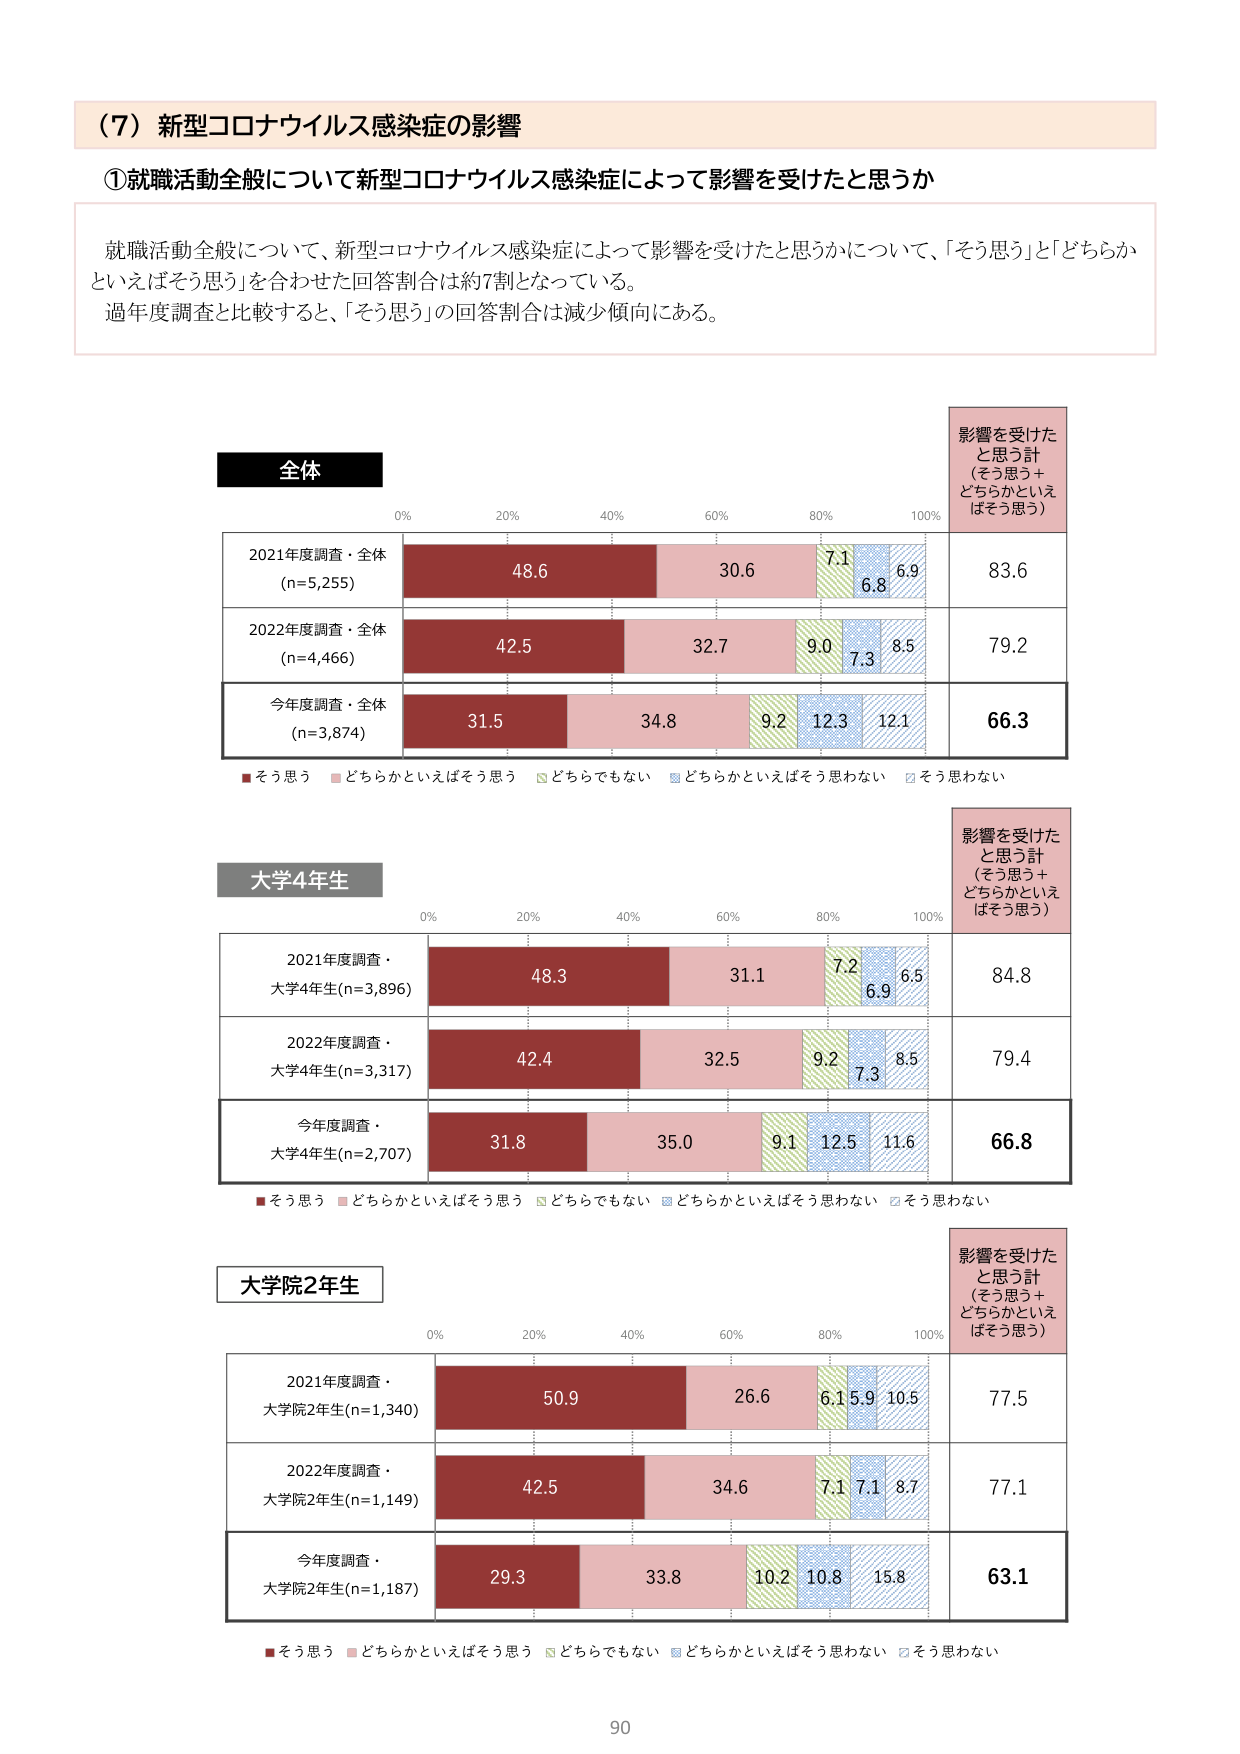
（7）新型コロナウイルス感染症の影響

①就職活動全般について新型コロナウイルス感染症によって影響を受けたと思うか

就職活動全般について、新型コロナウイルス感染症によって影響を受けたと思うかについて、「そう思う」と「どちらかといえばそう思う」を合わせた回答割合は約7割となっている。
過年度調査と比較すると、「そう思う」の回答割合は減少傾向にある。

全体

0% 20% 40% 60% 80% 100%

2021年度調査・全体
(n=5,255)
48.6 30.6 7.1 6.8 6.9 83.6

2022年度調査・全体
(n=4,466)
42.5 32.7 9.0 7.3 8.5 79.2

今年度調査・全体
(n=3,874)
31.5 34.8 9.2 12.3 12.1 66.3

■そう思う ■どちらかといえばそう思う ■どちらでもない ■どちらかといえばそう思わない ■そう思わない

影響を受けた
と思う計
（そう思う＋
どちらかといえ
ばそう思う）

大学4年生

0% 20% 40% 60% 80% 100%

2021年度調査・
大学4年生(n=3,896)
48.3 31.1 7.2 6.9 6.5 84.8

2022年度調査・
大学4年生(n=3,317)
42.4 32.5 9.2 7.3 8.5 79.4

今年度調査・
大学4年生(n=2,707)
31.8 35.0 9.1 12.5 11.6 66.8

■そう思う ■どちらかといえばそう思う ■どちらでもない ■どちらかといえばそう思わない ■そう思わない

影響を受けた
と思う計
（そう思う＋
どちらかといえ
ばそう思う）

大学院2年生

0% 20% 40% 60% 80% 100%

2021年度調査・
大学院2年生(n=1,340)
50.9 26.6 6.1 5.9 10.5 77.5

2022年度調査・
大学院2年生(n=1,149)
42.5 34.6 7.1 7.1 8.7 77.1

今年度調査・
大学院2年生(n=1,187)
29.3 33.8 10.2 10.8 15.8 63.1

■そう思う ■どちらかといえばそう思う ■どちらでもない ■どちらかといえばそう思わない ■そう思わない

影響を受けた
と思う計
（そう思う＋
どちらかといえ
ばそう思う）

90